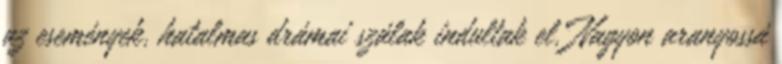
az események, hatalmas drámai szálak indultak el. Nagyon aranyossá